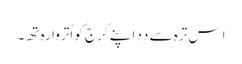
اِس ترہ سے دِدِ اَپنے کرج کو اُتروا رہِ تھِ۔